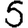
Digit: 5